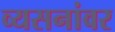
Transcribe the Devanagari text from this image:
व्यसनांवर